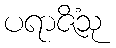
ပရာဇိံသု